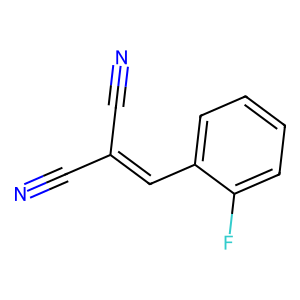
SMILES: N#CC(C#N)=Cc1ccccc1F
Inhibits HIV replication: No